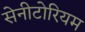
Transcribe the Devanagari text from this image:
सेनीटोरियम